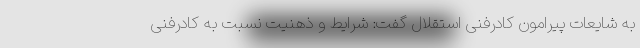
به شایعات پیرامون کادرفنی استقلال گفت: شرایط و ذهنیت نسبت به کادرفنی